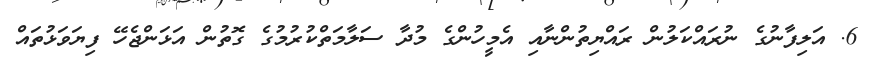
6. އަލިފާނުގެ ނުރައްކަލުން ރައްޔިތުންނާއި އެމީހުންގެ މުދާ ސަލާމަތްކުރުމުގެ ގޮތުން އަޅަންޖެހޭ ފިޔަވަޅުތައް